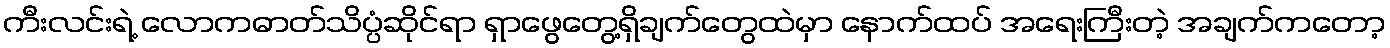
ကီးလင်းရဲ့ လောကဓာတ်သိပ္ပံဆိုင်ရာ ရှာဖွေတွေ့ရှိချက်တွေထဲမှာ နောက်ထပ် အရေးကြီးတဲ့ အချက်ကတော့